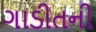
ગાડીતની